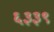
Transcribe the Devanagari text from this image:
६३३९